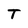
Character: T